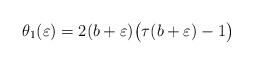
LaTeX: \begin{align*}\theta_1(\varepsilon) = 2(b+\varepsilon)\big(\tau(b+\varepsilon)-1\big)\end{align*}